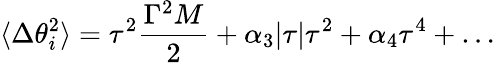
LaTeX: \langle\Delta\theta_{i}^{2}\rangle=\tau^{2}{\frac{\Gamma^{2}M}{2}}+\alpha_{3}|\tau|\tau^{2}+\alpha_{4}\tau^{4}+\ldots